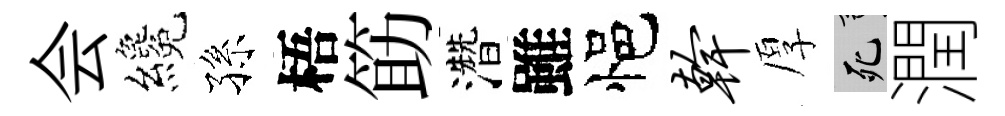
会纔孫梧筯濳雖悒干厚死潤